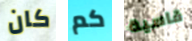
كان كم قاسية